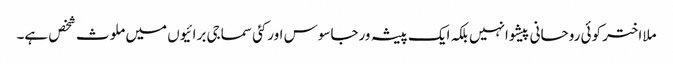
ملااختر کوئی روحانی پیشوانہیں بلکہ ایک پیشہ ورجاسوس اورکئی سماجی برائیوں میں ملوث شخص ہے۔